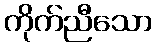
ကိုက်ညီသော